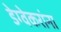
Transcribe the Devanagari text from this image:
डेग्वेकरांना